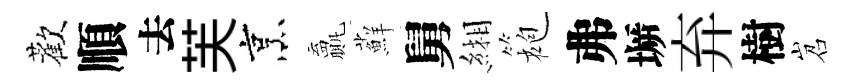
歡順去芙烹贏蘚舅緗袍弗󶱲弃樹岧